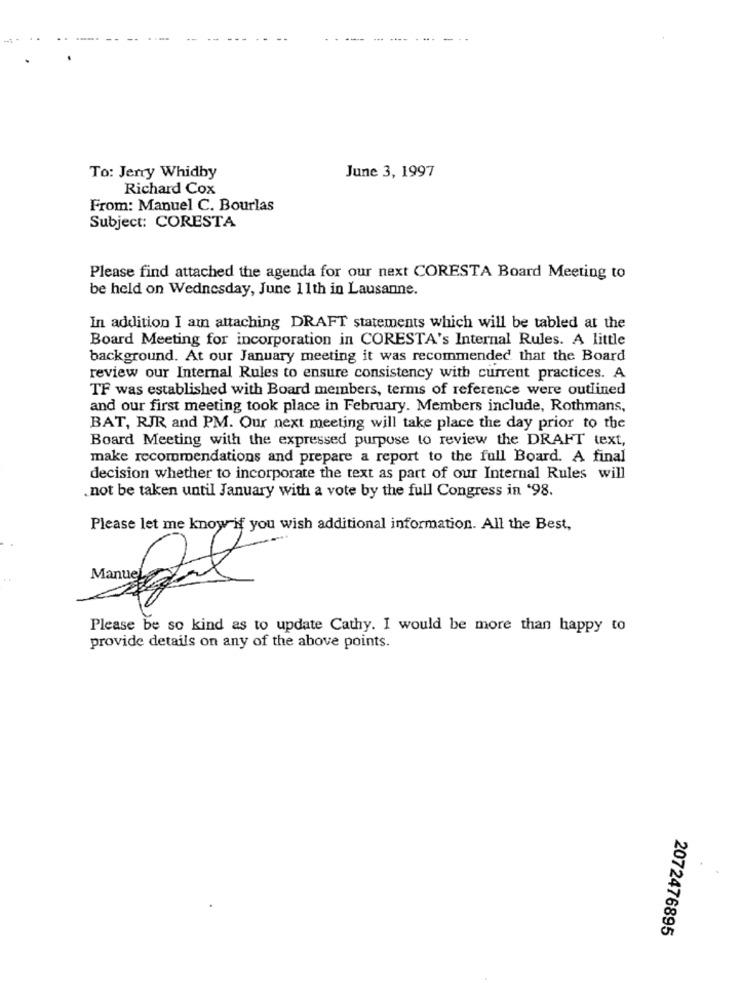
..
To: Jerry Whidby
June 3, 1997
Richard Cox
From: Manuel C. Bourlas
Subject: CORESTA
Please find attached the agenda for our next CORESTA Board Meeting to
be held on Wednesday, June 11th in Lausanne.
In addition I am attaching DRAFT statements which will be tabled at the
Board Meeting for incorporation in CORESTA's Internal Rules. A little
background. At our January meeting it was recommended that the Board
review our Internal Rules to ensure consistency with current practices. A
TF was established with Board members, terms of reference were outlined
and our first meeting took place in February. Members include, Rothmans,
BAT, RJR and PM. Our next meeting will take place the day prior to the
Board Meeting with the expressed purpose to review the DRAFT text,
make recommendations and prepare a report to the full Board. A final
decision whether to incorporate the text as part of our Internal Rules will
.not be taken until January with a vote by the full Congress in '98.
Please let me know if you wish additional information. All the Best,
Please be so kind as to update Cathy. I would be more than happy to
provide details on any of the above points.
2072476895